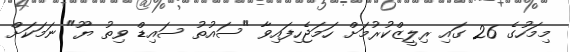
މިމަހުގެ 26 ގައި ރިލީޒްކުރުމަށް ހަމަޖެހިފައިވާ "ސައުތު ސައިޑް ވިތު ޔޫ" ނަމަކަށް